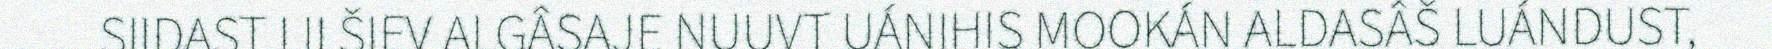
SIIDAST LII ŠIEV ALGÂSAJE NUUVT UÁNIHIS MOOKÁN ALDASÂŠ LUÁNDUST,